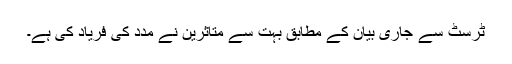
ٹرسٹ سے جاری بیان کے مطابق بہت سے متاثرین نے مدد کی فریاد کی ہے۔